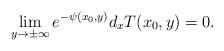
LaTeX: \begin{align*}\lim_{y\to \pm \infty} e^{-\psi(x_0,y)} d_xT(x_0,y) = 0.\end{align*}